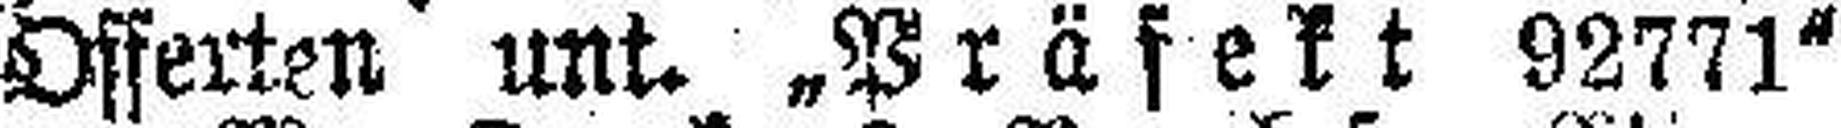
Offerten unt. „Präfekt 92771“